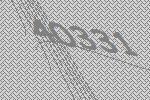
40331